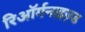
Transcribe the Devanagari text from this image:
रिऑर्गनाइज़्ड